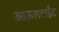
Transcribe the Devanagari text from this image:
आऊलटाईट